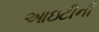
આઇટીની